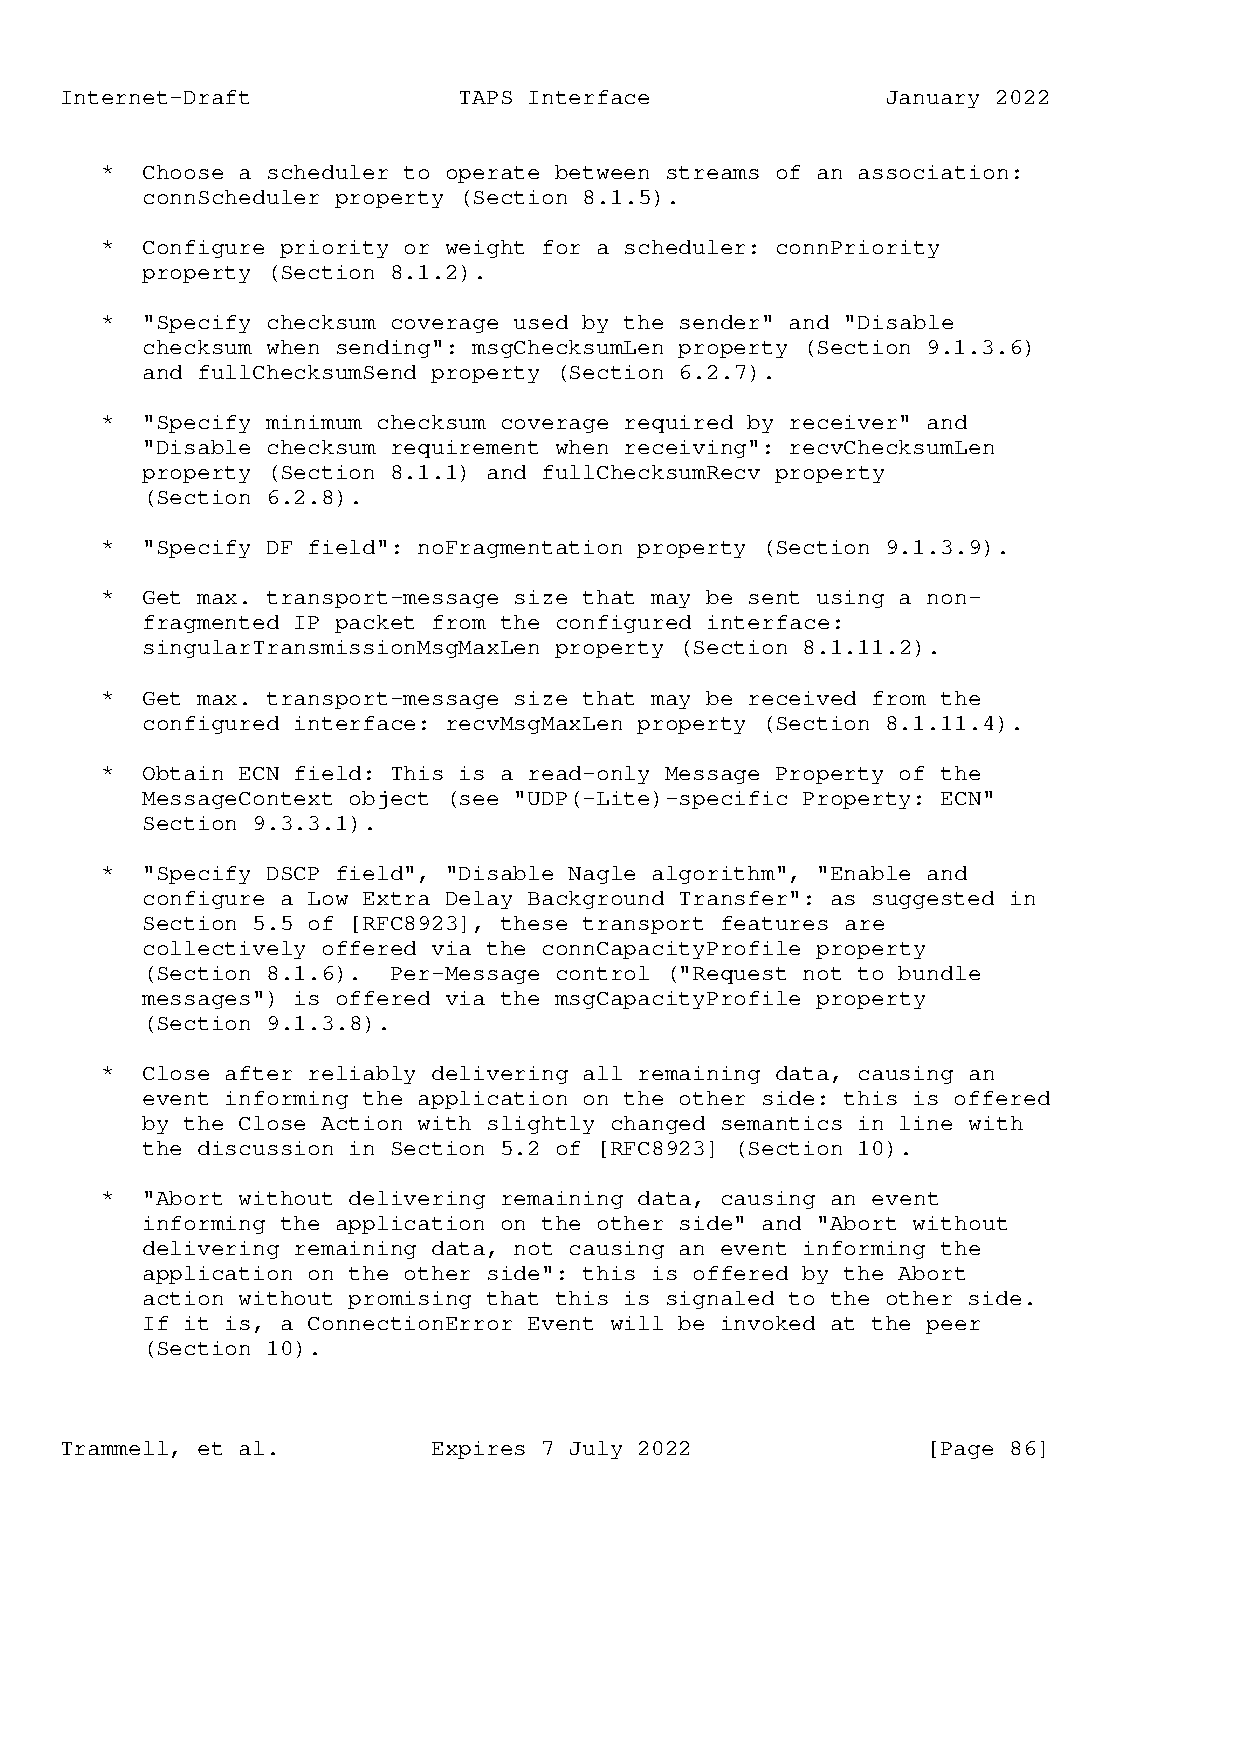
Internet-Draft            TAPS Interface               January 2022
 * Choose a scheduler to operate between streams of an association:
 connScheduler property (Section 8.1.5).
 * Configure priority or weight for a scheduler: connPriority
 property (Section 8.1.2).
 * "Specify checksum coverage used by the sender" and "Disable
 checksum when sending": msgChecksumLen property (Section 9.1.3.6)
 and fullChecksumSend property (Section 6.2.7).
 * "Specify minimum checksum coverage required by receiver" and
 "Disable checksum requirement when receiving": recvChecksumLen
 property (Section 8.1.1) and fullChecksumRecv property
 (Section 6.2.8).
 * "Specify DF field": noFragmentation property (Section 9.1.3.9).
 * Get max. transport-message size that may be sent using a non-
 fragmented IP packet from the configured interface:
 singularTransmissionMsgMaxLen property (Section 8.1.11.2).
 * Get max. transport-message size that may be received from the
 configured interface: recvMsgMaxLen property (Section 8.1.11.4).
 * Obtain ECN field: This is a read-only Message Property of the
 MessageContext object (see "UDP(-Lite)-specific Property: ECN"
 Section 9.3.3.1).
 * "Specify DSCP field", "Disable Nagle algorithm", "Enable and
 configure a Low Extra Delay Background Transfer": as suggested in
 Section 5.5 of [RFC8923], these transport features are
 collectively offered via the connCapacityProfile property
 (Section 8.1.6). Per-Message control ("Request not to bundle
 messages") is offered via the msgCapacityProfile property
 (Section 9.1.3.8).
 * Close after reliably delivering all remaining data, causing an
 event informing the application on the other side: this is offered
 by the Close Action with slightly changed semantics in line with
 the discussion in Section 5.2 of [RFC8923] (Section 10).
 * "Abort without delivering remaining data, causing an event
 informing the application on the other side" and "Abort without
 delivering remaining data, not causing an event informing the
 application on the other side": this is offered by the Abort
 action without promising that this is signaled to the other side.
 If it is, a ConnectionError Event will be invoked at the peer
 (Section 10).
 Trammell, et al.         Expires 7 July 2022             [Page 86]